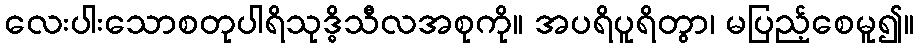
လေးပါးသောစတုပါရိသုဒ္ဓိသီလအစုကို။ အပရိပူရိတွာ၊ မပြည့်စေမူ၍။